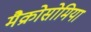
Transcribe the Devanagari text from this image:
मैक्रोसोमिया